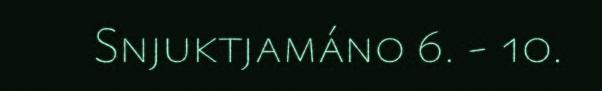
Snjuktjamáno 6. - 10.